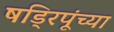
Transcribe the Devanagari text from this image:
षड्रिपूंच्या